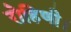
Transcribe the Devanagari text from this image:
रोहिणी।